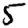
Digit: 5